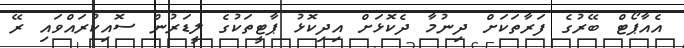
އެއާޕޯޓް ބޭރުގެ ފަރާތަކަށް ދިނުމާ ދެކޮޅަށް އިދިކޮޅު ޕާޓީތަކުގެ ލީޑަރުން ސޮއިކުރައްވައި ރޭ